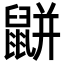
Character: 𪕒